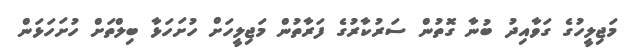
މަޖިލީހުގެ ގަވާއިދު ބުނާ ގޮތުން ސަރުކާރުގެ ފަރާތުން މަޖިލީހަށް ހުށަހަޅާ ބިލްތަށް ހުށަހަޅަން